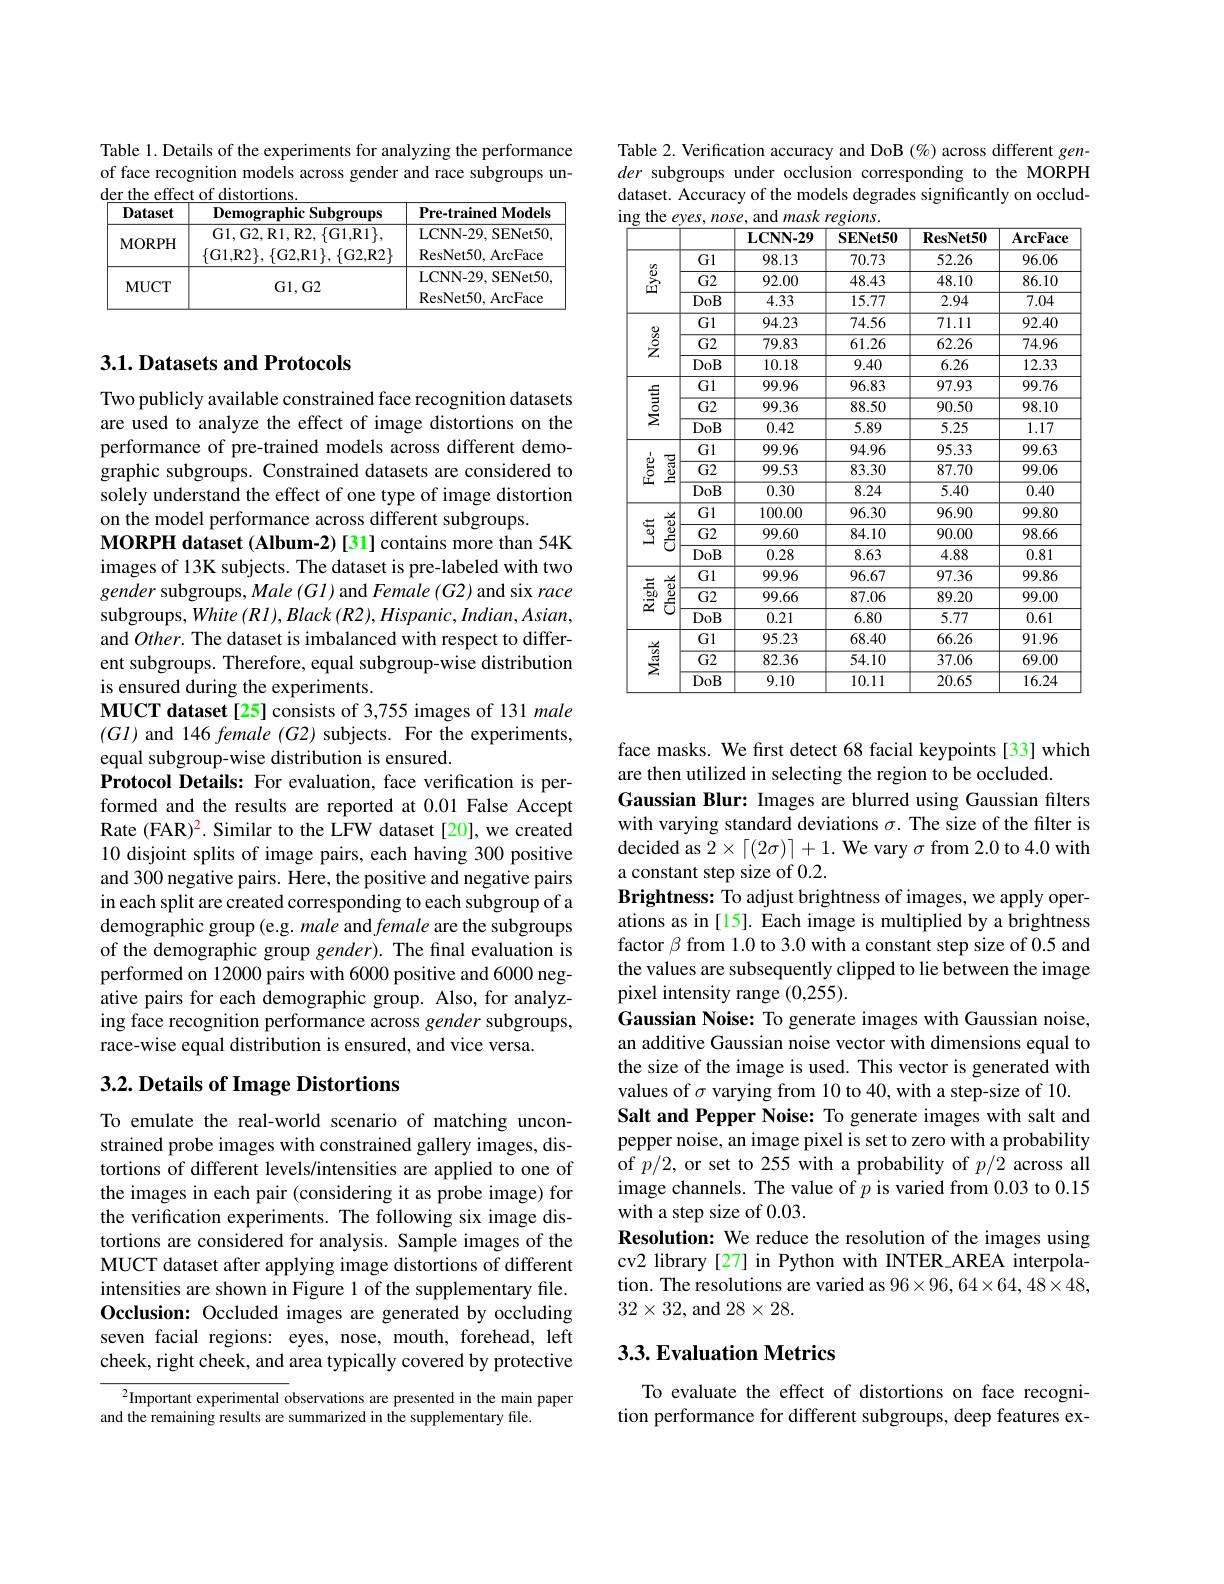
Table 1. Details of the experiments for analyzing the performance of face recognition models across gender and race subgroups un-

<table>
	<tbody>
		<tr>
			<th>Dataset</th>
			<th>${\mathbf{Demographic}}$ $:\mathbf{Subgroups}$</th>
			<th>Pre-trained Models</th>
		</tr>
		<tr>
			<td>$\mathbf{MUCT}$</td>
			<td>Gl, G2</td>
			<td>LCNN-29,SENet50 ResNet50, ArcFace</td>
		</tr>
	</tbody>
</table>

## 3.1. Datasets and Protocols

Two publicly available constrained face recognition datasets are used to analyze the effect of image distortions on the performance of pre-trained models across different demographic subgroups. Constrained datasets are considered to solely understand the effect of one type of image distortion on the model performance across different subgroups.
MORPH dataset (Album-2) [31] contains more than 54K images of 13K subjects. The dataset is pre-labeled with two gender subgroups, Male (Gl) and Female (G2) and six race subgroups, White $(Rl),Black$ $(R2),Hispanic,Indian,Asian$, and $Other.$ The dataset is imbalanced with respect to different subgroups. Therefore, equal subgroup-wise distribution is ensured during the experiments.
MUCT dataset[25] consists of 3,755 images of 131 male $(Gl)$ and 146 female (G2) subjects. For the experiments, equal subgroup-wise distribution is ensured.
Protocol Details: For evaluation, face verification is performed and the results are reported at 0.01 False Accept Rate (FAR)$^{2}.$ Similar to the LFW dataset [20], we created 10 disjoint splits of image pairs, each having 300 positive and 300 negative pairs. Here, the positive and negative pairs in each split are created corresponding to each subgroup of a demographic group (e.g. male and female are the subgroups of the demographic group gender). The final evaluation is performed on 12000 pairs with 6000 positive and 6000 negative pairs for each demographic group. Also, for analyzing face recognition performance across gender subgroups, race-wise equal distribution is ensured, and vice versa.

# 3.2. Details of Image Distortions

To emulate the real-world scenario of matching unconstrained probe images with constrained gallery images, distortions of different levels/intensities are applied to one of the images in each pair (considering it as probe image) for the verification experiments. The following six image distortions are considered for analysis. Sample images of the MUCT dataset after applying image distortions of different intensities are shown in Figure 1 of the supplementary file. Occlusion: Occluded images are generated by occluding seven facial regions: eyes, nose, mouth, forehead, left cheek, right cheek, and area typically covered by protective

$^{2}$Important experimental observations are presented in the main paper
and the remaining results are summarized in the supplementary file.

Table 2. Verification accuracy and DoB $(\%)$ across different gender subgroups under occlusion corresponding to the MORPH dataset. Accuracy of the models degrades significantly on occlud-
<table>
	<tbody>
		<tr>
			<th> </th>
			<th> </th>
			<th>$\mathbf{LCNN-29}$</th>
			<th>$\mathbf{SENet50}$</th>
			<th>$\mathbf{ResNet50}$</th>
			<th>$\mathbf{ArcFace}$</th>
		</tr>
		<tr>
			<td rowspan="3">當</td>
			<td>Gl</td>
			<td>98.13</td>
			<td>70.73</td>
			<td>52.26</td>
			<td>96.06</td>
		</tr>
		<tr>
			<td>$G2$</td>
			<td>92.00</td>
			<td>48.43</td>
			<td>48.10</td>
			<td>86.10</td>
		</tr>
		<tr>
			<td>DoB</td>
			<td>4.33</td>
			<td>15.77</td>
			<td>2.94</td>
			<td>7.04</td>
		</tr>
		<tr>
			<td rowspan="3">$\frac{8}{2}$</td>
			<td>Gl</td>
			<td>94.23</td>
			<td>74.56</td>
			<td>71.11</td>
			<td>92.40</td>
		</tr>
		<tr>
			<td>$G2$</td>
			<td>79.83</td>
			<td>61.26</td>
			<td>62.26</td>
			<td>74.96</td>
		</tr>
		<tr>
			<td>DoB</td>
			<td>10.18</td>
			<td>9.40</td>
			<td>6.26</td>
			<td>12.33</td>
		</tr>
		<tr>
			<td rowspan="3">$\underset{\geq}{\operatorname*{\overset{{\frac{1}{3}}{2}}}}{\operatorname*{\overset{{\frac{1}{3}{2}}}}}$</td>
			<td>Gl</td>
			<td>99.96</td>
			<td>96.83</td>
			<td>97.93</td>
			<td>99.76</td>
		</tr>
		<tr>
			<td>$G2$</td>
			<td>99.36</td>
			<td>88.50</td>
			<td>90.50</td>
			<td>98.10</td>
		</tr>
		<tr>
			<td>DoB</td>
			<td>0.42</td>
			<td>5.89</td>
			<td>5.25</td>
			<td>1.17</td>
		</tr>
		<tr>
			<td rowspan="3">豈 $\underline{\underline{a}}$</td>
			<td>Gl</td>
			<td>99.96</td>
			<td>94.96</td>
			<td>95.33</td>
			<td>99.63</td>
		</tr>
		<tr>
			<td>$\overline{\mathrm{G2}}$</td>
			<td>99.53</td>
			<td>83.30</td>
			<td>87.70</td>
			<td>99.06</td>
		</tr>
		<tr>
			<td>DoB</td>
			<td>0.30</td>
			<td>8.24</td>
			<td>5.40</td>
			<td>0.40</td>
		</tr>
		<tr>
			<td rowspan="3">$\begin{array}{c}{\frac{\frac{10}{10}}{5}}\\{\frac{10}{5}}\\\end{array}$ </td>
			<td>Gl</td>
			<td>100.00</td>
			<td>96.30</td>
			<td>96.90</td>
			<td>99.80</td>
		</tr>
		<tr>
			<td>$G2$</td>
			<td>99.60</td>
			<td>84.10</td>
			<td>90.00</td>
			<td>98.66</td>
		</tr>
		<tr>
			<td>DoB</td>
			<td>0.28</td>
			<td>8.63</td>
			<td>4.88</td>
			<td>0.81</td>
		</tr>
		<tr>
			<td rowspan="3">$\begin{array}{c}{\frac{\overrightarrow{0}}{\textcircled{1}}}\\{\textcircled{2}}\\{\textcircled{2}}\\\end{array}$ $\frac{50}{2}$ 1</td>
			<td>Gl</td>
			<td>99.96</td>
			<td>96.67</td>
			<td>97.36</td>
			<td>99.86</td>
		</tr>
		<tr>
			<td>$G2$</td>
			<td>99.66</td>
			<td>87.06</td>
			<td>89.20</td>
			<td>99.00</td>
		</tr>
		<tr>
			<td>DoB</td>
			<td>0.21</td>
			<td>6.80</td>
			<td>5.77</td>
			<td>0.61</td>
		</tr>
		<tr>
			<td rowspan="3">$\sum_{i=1}^{\frac{1}{2}}$</td>
			<td>Gl</td>
			<td>95.23</td>
			<td>68.40</td>
			<td>66.26</td>
			<td>91.96</td>
		</tr>
		<tr>
			<td>$G2$</td>
			<td>82.36</td>
			<td>54.10</td>
			<td>37.06</td>
			<td>69.00</td>
		</tr>
		<tr>
			<td>DoB</td>
			<td>9.10</td>
			<td>10.11</td>
			<td>20.65</td>
			<td>16.24</td>
		</tr>
	</tbody>
</table>

face masks. We first detect 68 facial keypoints [33] which
are then utilized in selecting the region to be occluded.
Gaussian Blur: Images are blurred using Gaussian filters with varying standard deviations $\sigma.$ The size of the filter is decided as $2\times \lceil ( 2\sigma ) \rceil + 1. \textbf{We vary }\sigma$ from 2.0 to 4.0 with a constant step size of 0.2.
Brightness: To adjust brightness of images, we apply operations as in [15]. Each image is multiplied by a brightness factor $\beta$ from 1.0 to 3.0 with a constant step size of 0.5 and the values are subsequently clipped to lie between the image pixel intensity range (0,255).
Gaussian Noise: To generate images with Gaussian noise, an additive Gaussian noise vector with dimensions equal to the size of the image is used. This vector is generated with values of $\sigma$ varying from 10 to 40, with a step-size of 10.
Salt and Pepper Noise: To generate images with salt and pepper noise, an image pixel is set to zero with a probability of $p/2$,or set to 255 with a probability of $p/2$ across all image channels. The value of $p$ is varied from 0.03 to 0.15 with a step size of 0.03.
Resolution: We reduce the resolution of the images using cv2 library [27] in Python with INTER\_AREA interpolation. The resolutions are varied as $96\times96,64\times64,48\times48$, $32\times32$,and $28\times28.$

## 3.3. Evaluation Metrics

To evaluate the effect of distortions on face recognition performance for different subgroups, deep features ex-